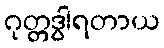
ဂုတ္တဒွါရတာယ